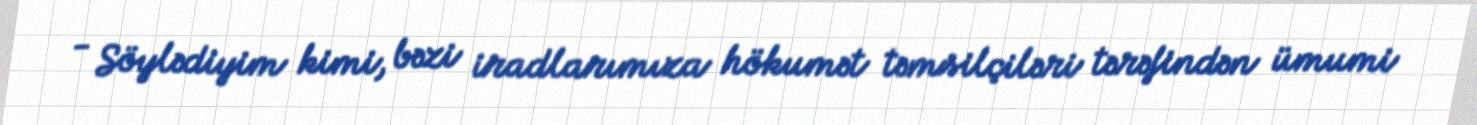
- Söylədiyim kimi, bəzi iradlarımıza hökumət təmsilçiləri tərəfindən ümumi